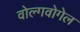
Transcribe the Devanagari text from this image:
वोल्गवोगेल